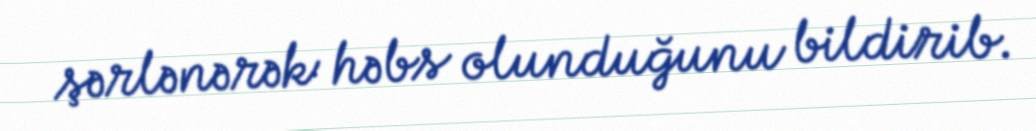
şərlənərək həbs olunduğunu bildirib.